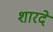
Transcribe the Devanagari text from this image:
शारदे